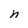
Character: n